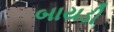
બાયડી